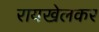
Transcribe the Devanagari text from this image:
रायखेलकर